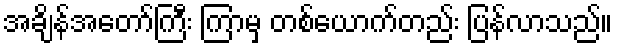
အချိန်အတော်ကြီး ကြာမှ တစ်ယောက်တည်း ပြန်လာသည်။